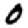
Digit: 0